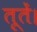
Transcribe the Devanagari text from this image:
तूतें।